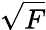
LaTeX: \sqrt{F}